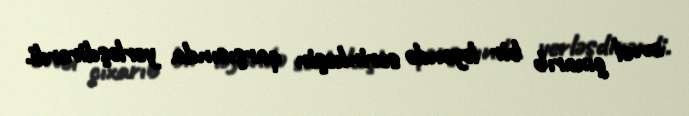
əvvəl çıxarıb bir ləyəndə sərinkeşin qarşısında yerləşdirərdi.